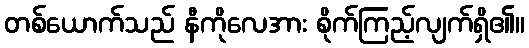
တစ်ယောက်သည် နီကိုလေအား စိုက်ကြည့်လျက်ရှိ၏။